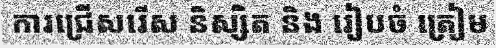
ការជ្រើសរើស និស្សិត និង រៀបចំ ត្រៀម